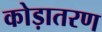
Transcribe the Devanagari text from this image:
कोड़ातरण